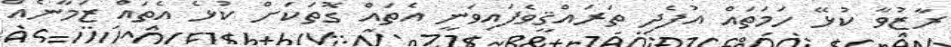
ރާޒުވާ ކުޅޭ ހަމަތައް އުފެދި ތަރައްޤީވެފައިވަނީ އެތައް ގޮތަކަށް ކުޅެ އެތައް ޒަމާނެއް